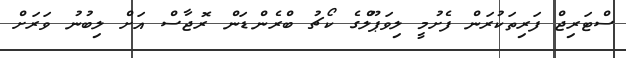
ސްޓަރިޖް ފަރިތަކުރަން ފެށުމީ ލިވަޕޫލްގެ ކޯޗު ބްރެންޑަން ރޮޖާސް އަށް ލިބުނު ވަރަށް